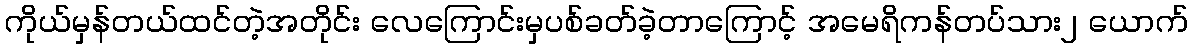
ကိုယ်မှန်တယ်ထင်တဲ့အတိုင်း လေကြောင်းမှပစ်ခတ်ခဲ့တာကြောင့် အမေရိကန်တပ်သား၂ ယောက်